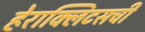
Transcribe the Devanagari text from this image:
हेराक्लिटसची